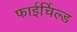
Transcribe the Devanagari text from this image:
फाईर्चिल्ड